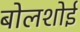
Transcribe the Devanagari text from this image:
बोलशोई